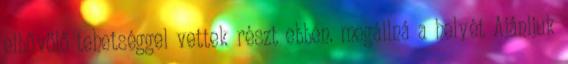
elbűvölő tehetséggel vettek részt ebben. megállná a helyét Ajánljuk